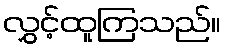
လွှင့်ထူကြသည်။